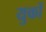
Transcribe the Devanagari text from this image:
युकों